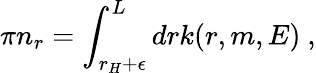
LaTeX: \pi n_{r}=\int_{r_{H}+\epsilon}^{L}drk(r,m,E)~,